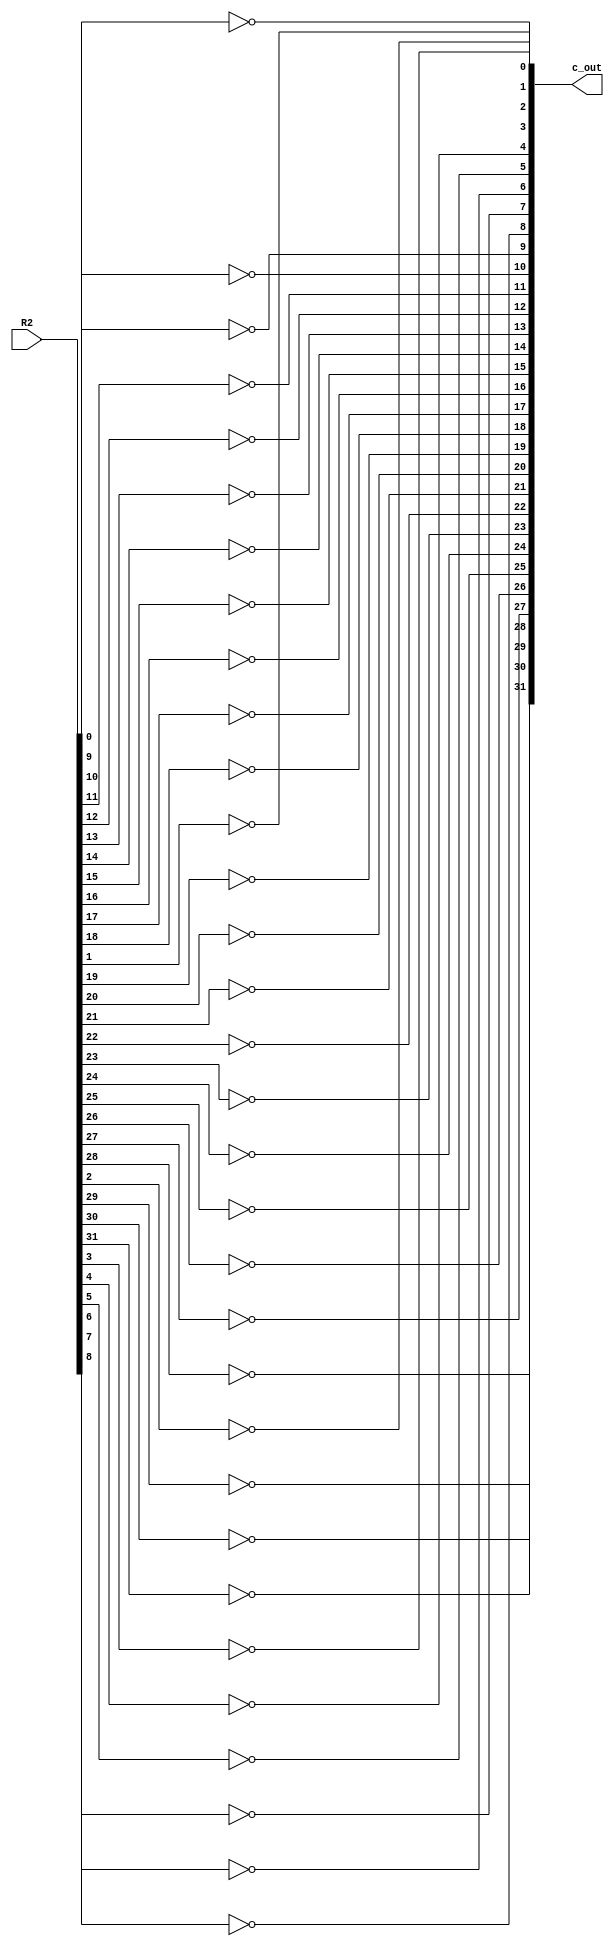
`timescale 1ns / 1ps
//////////////////////////////////////////////////////////////////////////////////
// Company: 
// Engineer: 
// 
// Design Name: 
// Module Name:    NOT_nbit 
// Project Name: 
// Target Devices: 
// Tool versions: 
// Description: 
//
// Dependencies: 
//
// Revision: 
// Revision 0.01 - File Created
// Additional Comments: 
//
//////////////////////////////////////////////////////////////////////////////////
module NOT_nbit(c_out,R2);

parameter W = 32; //parameter to change the size of the input and output bits

input [W-1:0]R2;
output [W-1:0]c_out;

genvar i;
generate
	for(i = 0; i < W; i = i + 1) //for loop to NOT W bits
		begin
			not not1(c_out[i],R2[i]);
		end
endgenerate

endmodule